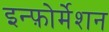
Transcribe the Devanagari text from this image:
इन्फ़ोर्मेशन